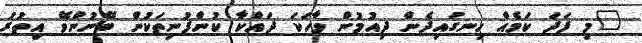
"މި ފަދަ ކަމެއް ހިނގައިދެން ދިއުމުން ވާހަކަ ދައްކާ ކުންފުނިތަކުން ބޭނުންވޭ އިތުރު